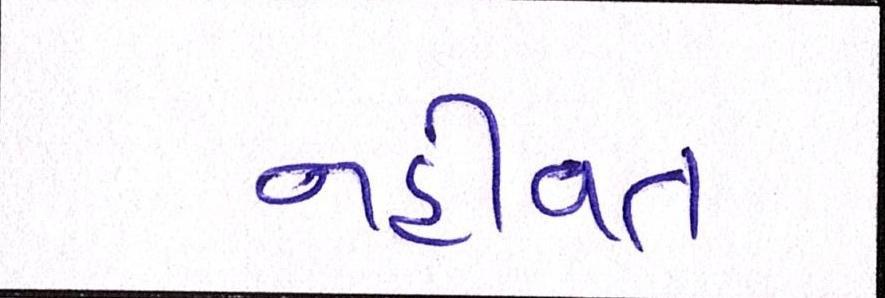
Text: નહીંવત